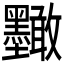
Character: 𭐑